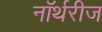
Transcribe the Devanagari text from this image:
नॉर्थरीज